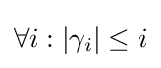
\forall i:|\gamma _{i}|\leq i